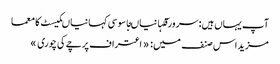
آپ یہاں ہیں: سرورقکہانیاںجاسوسی کہانیاںکیسٹ کا معما
مزید اس صنف میں: « اعتراف	پرچے کی چوری »